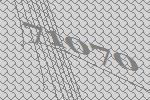
71070